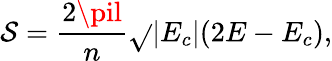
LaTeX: \mathcal{S}=\frac{{2\pil}}{{n}}\sqrt{}{{|E_{c}|(2E-E_{c})}},